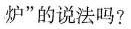
炉”的说法吗?